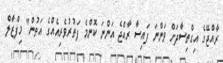
ރާއްޖޭގެ އިގްތިސާދަށް ވަންނަ ފައިސާ ރާއްޖެ އަންނަ ކޮންމެ ފަތުރުވެރިއެއްގެ އަތުން" މިފްޒާލް